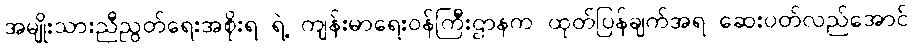
အမျိုးသားညီညွတ်ရေးအစိုးရ ရဲ့ ကျန်းမာရေးဝန်ကြီးဌာနက ထုတ်ပြန်ချက်အရ ဆေးပတ်လည်အောင်